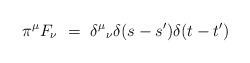
LaTeX: \begin{align*}\pi^\mu F_\nu ~=~ {\delta^\mu}_\nu \delta (s-s') \delta (t-t')\end{align*}